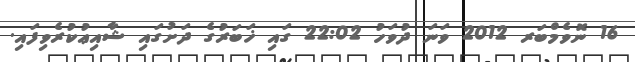
16 ނޮވެމްބަރ 2012 ވަނަ ދުވަހު 22:02 ގައި ޚަބަރުގެ ދަށުގައި ޝާއިޢުކުރެވިފައި.